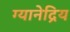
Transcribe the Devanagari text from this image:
ग्यानेद्रिय